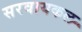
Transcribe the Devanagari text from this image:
सरवायकल